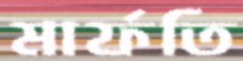
মার্ফতি